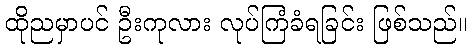
ထိုညမှာပင် ဦးကုလား လုပ်ကြံခံရခြင်း ဖြစ်သည်။